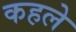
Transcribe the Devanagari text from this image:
कहले